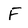
Character: F